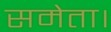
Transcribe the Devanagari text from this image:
समेता।